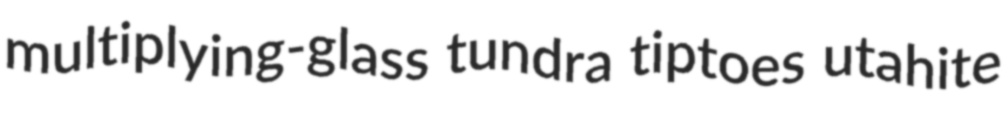
multiplying-glass tundra tiptoes utahite